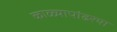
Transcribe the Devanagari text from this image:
काळ्यापांढरया